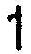
1